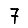
Digit: 7